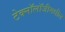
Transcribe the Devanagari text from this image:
टेक्नॉलॉजीमधील